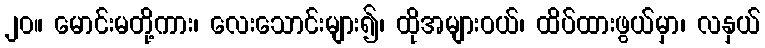
၂၀။ မောင်းမတို့ကား၊ လေးသောင်းများ၍၊ ထိုအများဝယ်၊ ထိပ်ထားဖွယ်မှာ၊ လနှယ်